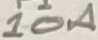
Text: 10A